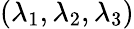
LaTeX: (\lambda_{1},\lambda_{2},\lambda_{3})